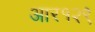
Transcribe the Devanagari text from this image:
आर१२९